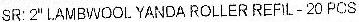
SR:2" LAMBWOOL YANDA ROLLER REFIL - 20 PCS